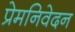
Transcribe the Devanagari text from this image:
प्रेमनिवेदन